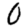
Digit: 0